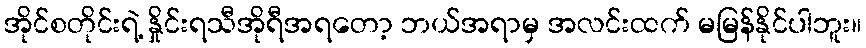
အိုင်စတိုင်းရဲ့ နှိုင်းရသီအိုရီအရတော့ ဘယ်အရာမှ အလင်းထက် မမြန်နိုင်ပါဘူး။